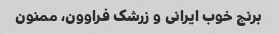
برنج خوب ایرانی و زرشک فراوون، ممنون